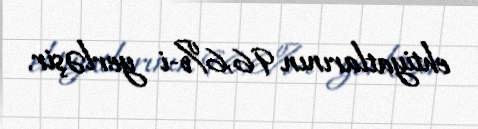
ehtiyatlarının 96,6%-i yerləşir.